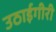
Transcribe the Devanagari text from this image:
उठाईगीरी